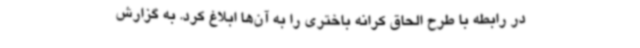
در رابطه با طرح الحاق کرانه باختری را به آن‌ها ابلاغ کرد. به گزارش